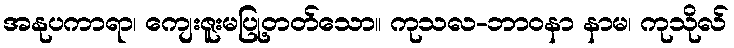
အနုပကာရာ၊ ကျေးဇူးမပြု့တတ်သော။ ကုသလ-ဘာဝနာ နာမ၊ ကုသိုလ်